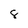
Character: 8